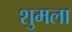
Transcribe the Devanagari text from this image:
शुमला